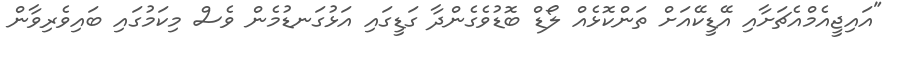
"އައިޖީއެމްއެޗަށާއި އޭޑީކޭއަށް ތަންކޮޅެއް ލޯޑް ބޮޑުވެގެންދާ ގަޑީގައި އަޅުގަނޑުމެން ވެސް މިކަމުގައި ބައިވެރިވާން